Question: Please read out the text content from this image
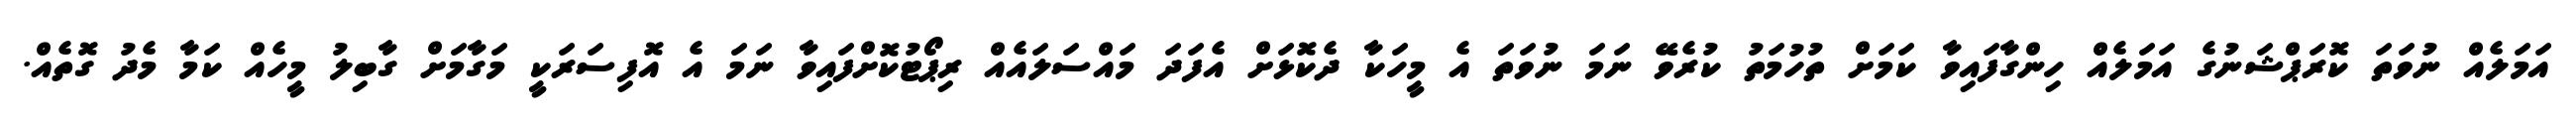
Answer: އަމަލެއް ނުވަތަ ކޮރަޕްޝަނުގެ އަމަލެއް ހިންގާފައިވާ ކަމަށް ތުހުމަތު ކުރެވޭ ނަމަ ނުވަތަ އެ މީހަކާ ދެކޮޅަށް އެފަދަ މައްސަލައެއް ރިޕޯޓުކޮށްފައިވާ ނަމަ އެ އޮފިސަރަކީ މަގާމަށް ގާބިލު މީހެއް ކަމާ މެދު ގޮތެއް.